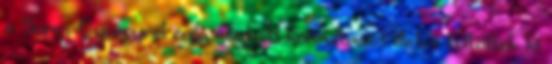
a Soros Györgyről zajló nemzeti konzultációt illetve töltötték ki